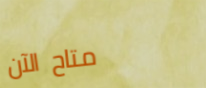
متاح الآن